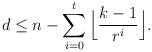
LaTeX: \begin{align*} d\leq n-\sum_{i=0}^t\Big\lfloor\frac{k-1}{r^i}\Big\rfloor. \end{align*}